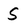
Character: S